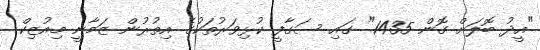
"އީދު ބޮލަށް ގޮން 1435" ގައި ސަގާފީ ކުޅިވަރުތަކުގެ އިތުރުން ޒަމާނީ މިއުޒިކް